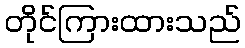
တိုင်ကြားထားသည်